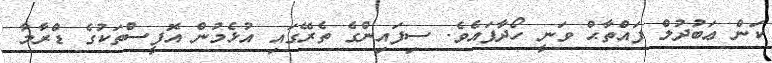
ކަން ޢަބުދުލް ފައްތާޙް ވަނީ ހޯދާފައެވެ. ސިފައިންގެ ތެރޭގައި އުޅެމުން އޮފީސްތަކުގެ ޑްރާމާ